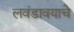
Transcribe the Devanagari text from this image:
लवंडावयाचे